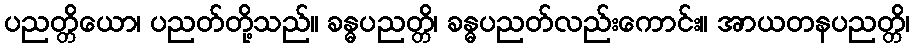
ပညတ္တိယော၊ ပညတ်တို့သည်။ ခန္ဓပညတ္တိ၊ ခန္ဓပညတ်လည်းကောင်း။ အာယတနပညတ္တိ၊